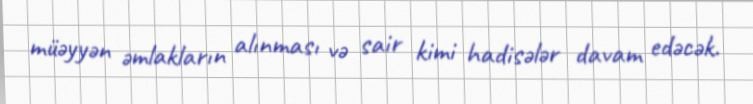
müəyyən əmlakların alınması və sair kimi hadisələr davam edəcək.